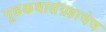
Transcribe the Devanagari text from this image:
गूढकथासंग्रहाचेच